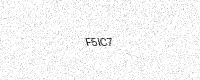
Text: F5IC7